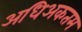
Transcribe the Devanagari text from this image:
अधिअकतम